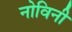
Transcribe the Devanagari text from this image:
नोविनी